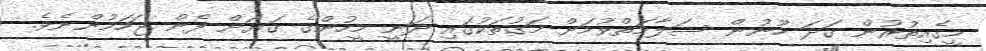
މީގެއިތުރުން ގަދަ ހޫނުން ސަލާމަތްވުމަށް މަގުތަކުގައި ދަނީ މީހުންގެ ގަޔަށް ފެން ޖަހަމުންނެވެ.